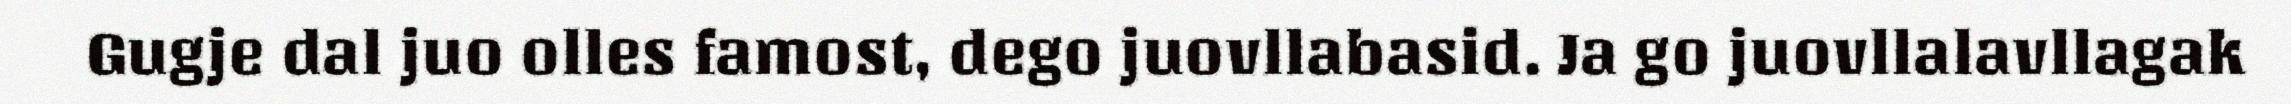
Gugje dal juo olles famost, dego juovllabasid. Ja go juovllalavllagak